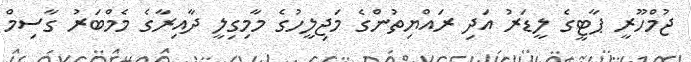
ޖުމްހޫރީ ޕާޓީގެ ލީޑަރު އަދި ރައްޔިތުންގެ މަޖިލީހުގެ މާމިގިލީ ދާއިރާގެ މެމްބަރު ގާސިމް